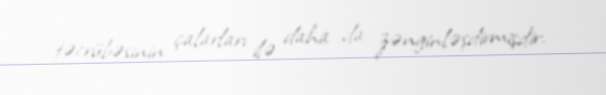
təcrübəsinin çalarları ilə daha da zənginləşdirmişdir.